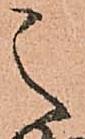
之